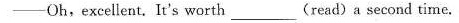
-Oh,excellent. It's worth___(read)a second time.